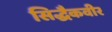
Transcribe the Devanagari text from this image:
सिद्धैकवीर